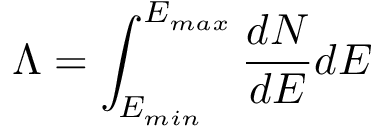
\Lambda = \int _ { E _ { m i n } } ^ { E _ { m a x } } \frac { d N } { d E } d E